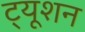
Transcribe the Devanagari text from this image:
ट्‍यूशन